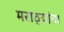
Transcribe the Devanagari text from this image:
मराठ्‍यांना